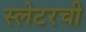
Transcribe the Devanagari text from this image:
स्लेटरची